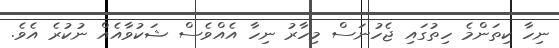
ނިހާ ކިތަންމެ ހިތުގައި ޖެހުނަސް މިހާރު ނިހާ އެއްވެސް ޝަކުވާއެއް ނުކުރެ އެވެ.